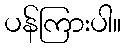
ပန်ကြားပါ။